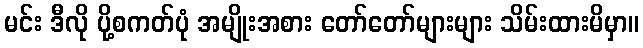
မင်း ဒီလို ပို့စကတ်ပုံ အမျိုးအစား တော်တော်များများ သိမ်းထားမိမှာ။